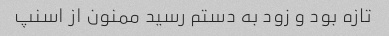
تازه بود و زود به دستم رسید ممنون از اسنپ